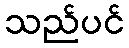
သည်ပင်